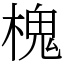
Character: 槐